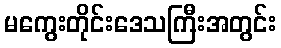
မကွေးတိုင်းဒေသကြီးအတွင်း